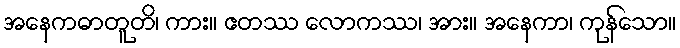
အနေကဓာတူတိ၊ ကား။ ဧတဿ လောကဿ၊ အား။ အနေကာ၊ ကုန်သော။